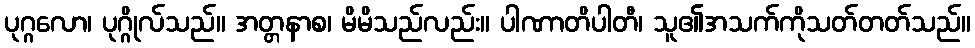
ပုဂ္ဂလော၊ ပုဂ္ဂိုလ်သည်။ အတ္တနာစ၊ မိမိသည်လည်း။ ပါဏာတိပါတီ၊ သူ၏အသက်ကိုသတ်တတ်သည်။